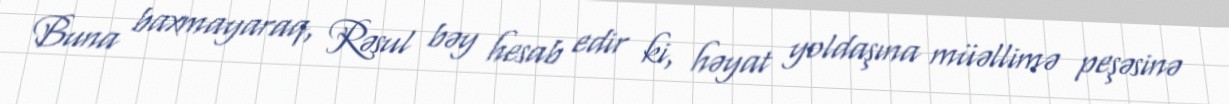
Buna baxmayaraq, Rəsul bəy hesab edir ki, həyat yoldaşına müəllimə peşəsinə